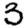
Digit: 3